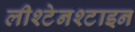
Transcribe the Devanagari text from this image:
लीश्टेनश्टाइन